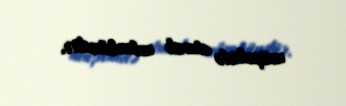
müşahidə etmək mümkündür.